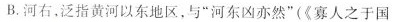
B.河右，泛指黄河以东地区，与”河东凶亦然”(《寡人之于国